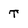
Character: T